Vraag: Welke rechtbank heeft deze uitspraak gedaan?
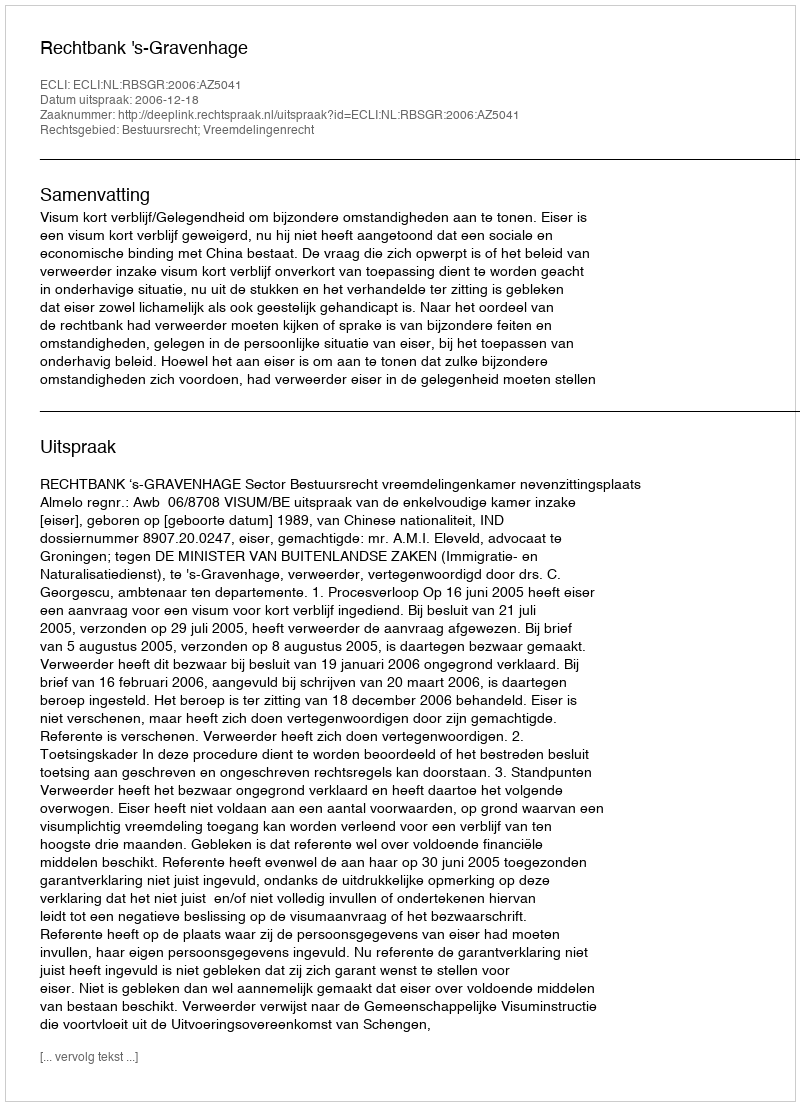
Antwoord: Rechtbank 's-Gravenhage